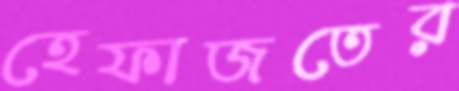
হেফাজতের